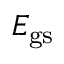
E _ { { \mathrm { g s } } }